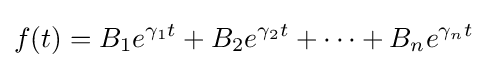
f(t)=B_{1}e^{\gamma _{1}t}+B_{2}e^{\gamma _{2}t}+\cdots +B_{n}e^{\gamma _{n}t}